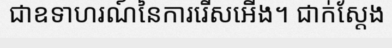
ជាឧទាហរណ៍នៃការរើសអើង។ ជាក់ស្តែង